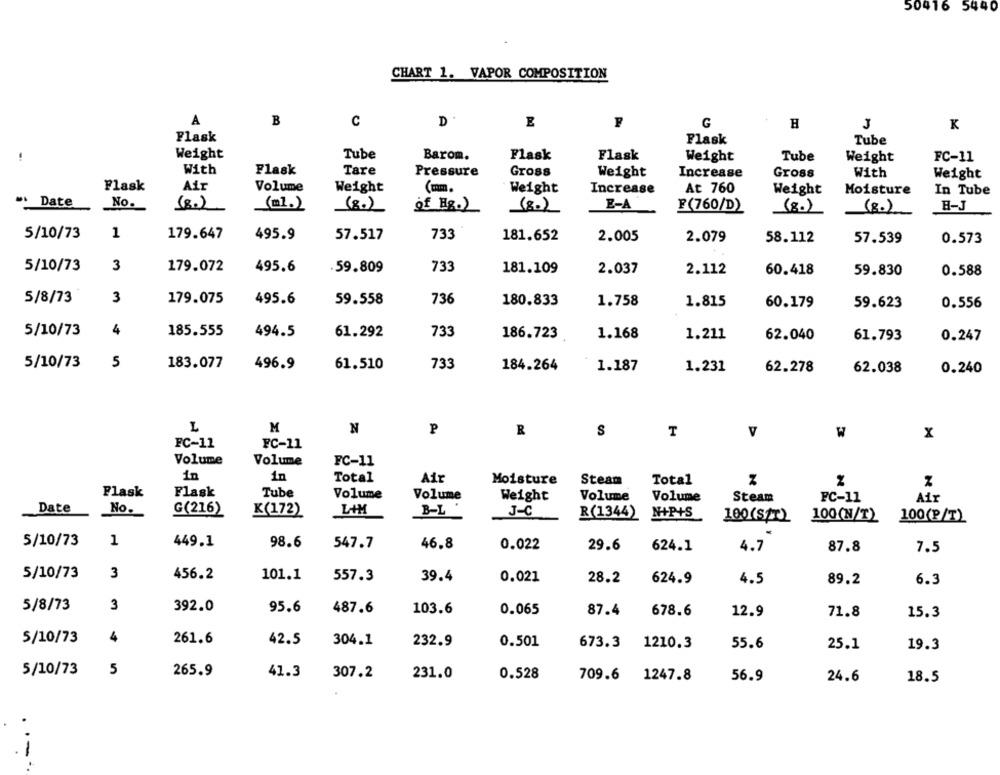
50416
5440
CHART 1. VAPOR COMPOSITION
A
B
C
D
E
F
G
H
K
Flask
Flask
Tube
Weight
Tube
Barom.
Flask
Flask
Weight
Tube
Weight
FC-11
With
Flask
Tare
Pressure
Gross
Weight
Increase
Gross
With
Weight
Flask
Air
Volume
Weight
(mm.
Weight
Increase
At 760
Weight
Moisture
In Tube
..
Date
No.
(8.)
(8.)
(80)
E-A
F(760/D)
(8.)
(8.)
H-J
of Hg.)
5/10/73
1
179.647
495.9
57.517
733
181.652
2.005
2.079
58.112
57.539
0.573
5/10/73
3
179.072
495.6
.59.809
733
181.109
2.037
2.112
60.418
59.830
0.588
5/8/73
3
179.075
495.6
59.558
736
180.833
1.758
1.815
60.179
59.623
0.556
5/10/73
4
185.555
494.5
61.292
733
186.723
1.168
1.211
62.040
61.793
0.247
5/10/73
5
183.077
496.9
733
61.510
184.264
1.187
1.231
62.278
62.038
0.240
L
M
N
P
R
S
T
V
W
x
FC-11
FC-11
Volume
Volume
FC-11
in
in
Total
Air
Moisture
Total
Steam
Flask
Flask
Tube
Volume
Volume
Volume
FC-11
Weight
Volume
Steam
Air
Date
No.
G(216)
K(172)
B-L
J-C
R(1344)
N+P+S
100(sp)
100(N/T)
100(P/T)
5/10/73
1
449.1
98.6
547.7
46.8
0.022
29.6
624.1
4.7
87.8
7.5
5/10/73
3
456.2
101.1
557.3
39.4
0.021
28.2
624.9
4.5
89.2
6.3
5/8/73
3
392.0
95.6
487.6
103.6
0.065
87.4
678.6
12.9
71.8
15.3
5/10/73
4
261.6
42.5
304.1
232.9
0.501
673.3
1210.3
55.6
25.1
19.3
5/10/73
5
265.9
41.3
307.2
231.0
0.528
709.6 1247.8
56.9
24.6
18.5
-